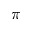
\pi